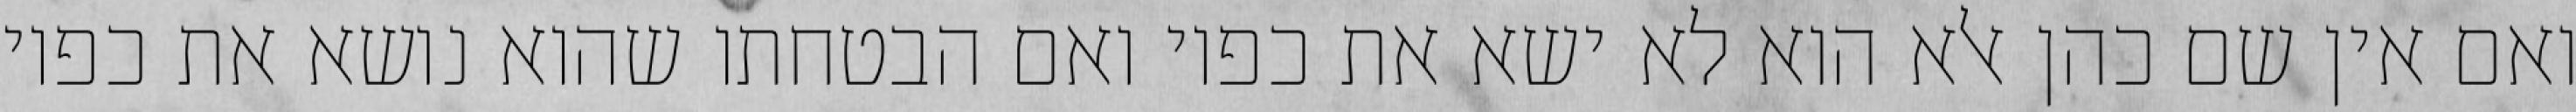
ואם אין שם כהן אלא הוא לא ישא את כפיו ואם הבטחתו שהוא נושא את כפיו